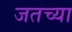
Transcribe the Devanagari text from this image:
जतच्या